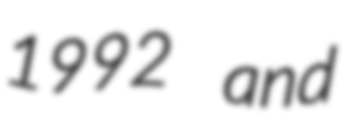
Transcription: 1992 and